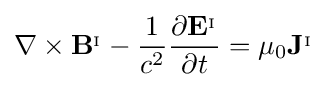
\nabla \times \mathbf {B} ^{_{\mathrm {I} }}-{\frac {1}{c^{2}}}{\frac {\partial \mathbf {E} ^{_{\mathrm {I} }}}{\partial t}}=\mu _{0}\mathbf {J} ^{_{\mathrm {I} }}